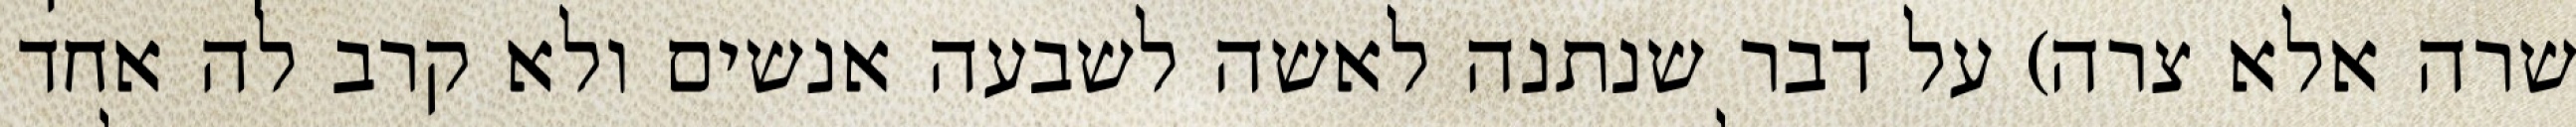
שרה אלא צרה) על דבר שנתנה לאשה לשבעה אנשים ולא קרב לה אחד